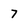
Character: 7